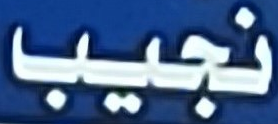
نجيب